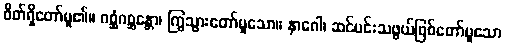
စိတ်ရှိတော်မူ၏။ ဂစ္ဆံဂစ္ဆန္တော၊ ကြွသွားတော်မူသော။ နာဂေါ၊ ဆင်မင်းသဖွယ်ဖြစ်တော်မူသော